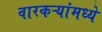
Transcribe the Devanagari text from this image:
वारकऱ्यांमध्ये